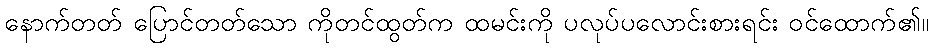
နောက်တတ် ပြောင်တတ်သော ကိုတင်ထွတ်က ထမင်းကို ပလုပ်ပလောင်းစားရင်း ဝင်ထောက်၏။